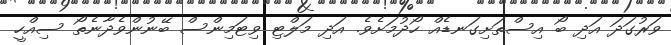
ވަރުގަދަ އަދި ބޯ އިސްތަށިގަނޑެއް ހޯދުމަށެވެ. އަދި މަލްޓި ވިޓަމިންސް ބޭނުންވެދާނެތޯ ސިއްހީ